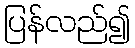
ပြန်လည်၍